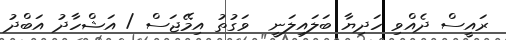
ރައީސް ދެއްވި ހަދިޔާ ބަލައިލަނީ  ވަގުތު އިމޭޖަސް / އަޝްހާދު އަބްދު